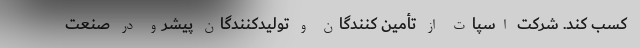
کسب کند. شرکت اسپات از تأمین کنندگان و تولیدکنندگان پیشرو در صنعت